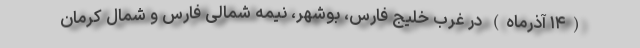
(۱۴ آذرماه) در غرب خلیج فارس، بوشهر، نیمه شمالی فارس و شمال کرمان